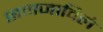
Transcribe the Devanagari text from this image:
समजाविले